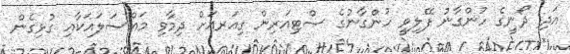
އަދި ދޯނީގެ ހުންގާނު ފޭލިވީ ހުންގާނުގެ ސްޓިއަރިން ގިއަރއަށް ދިމާވި މައްސަލައަކާއި ގުޅިގެން